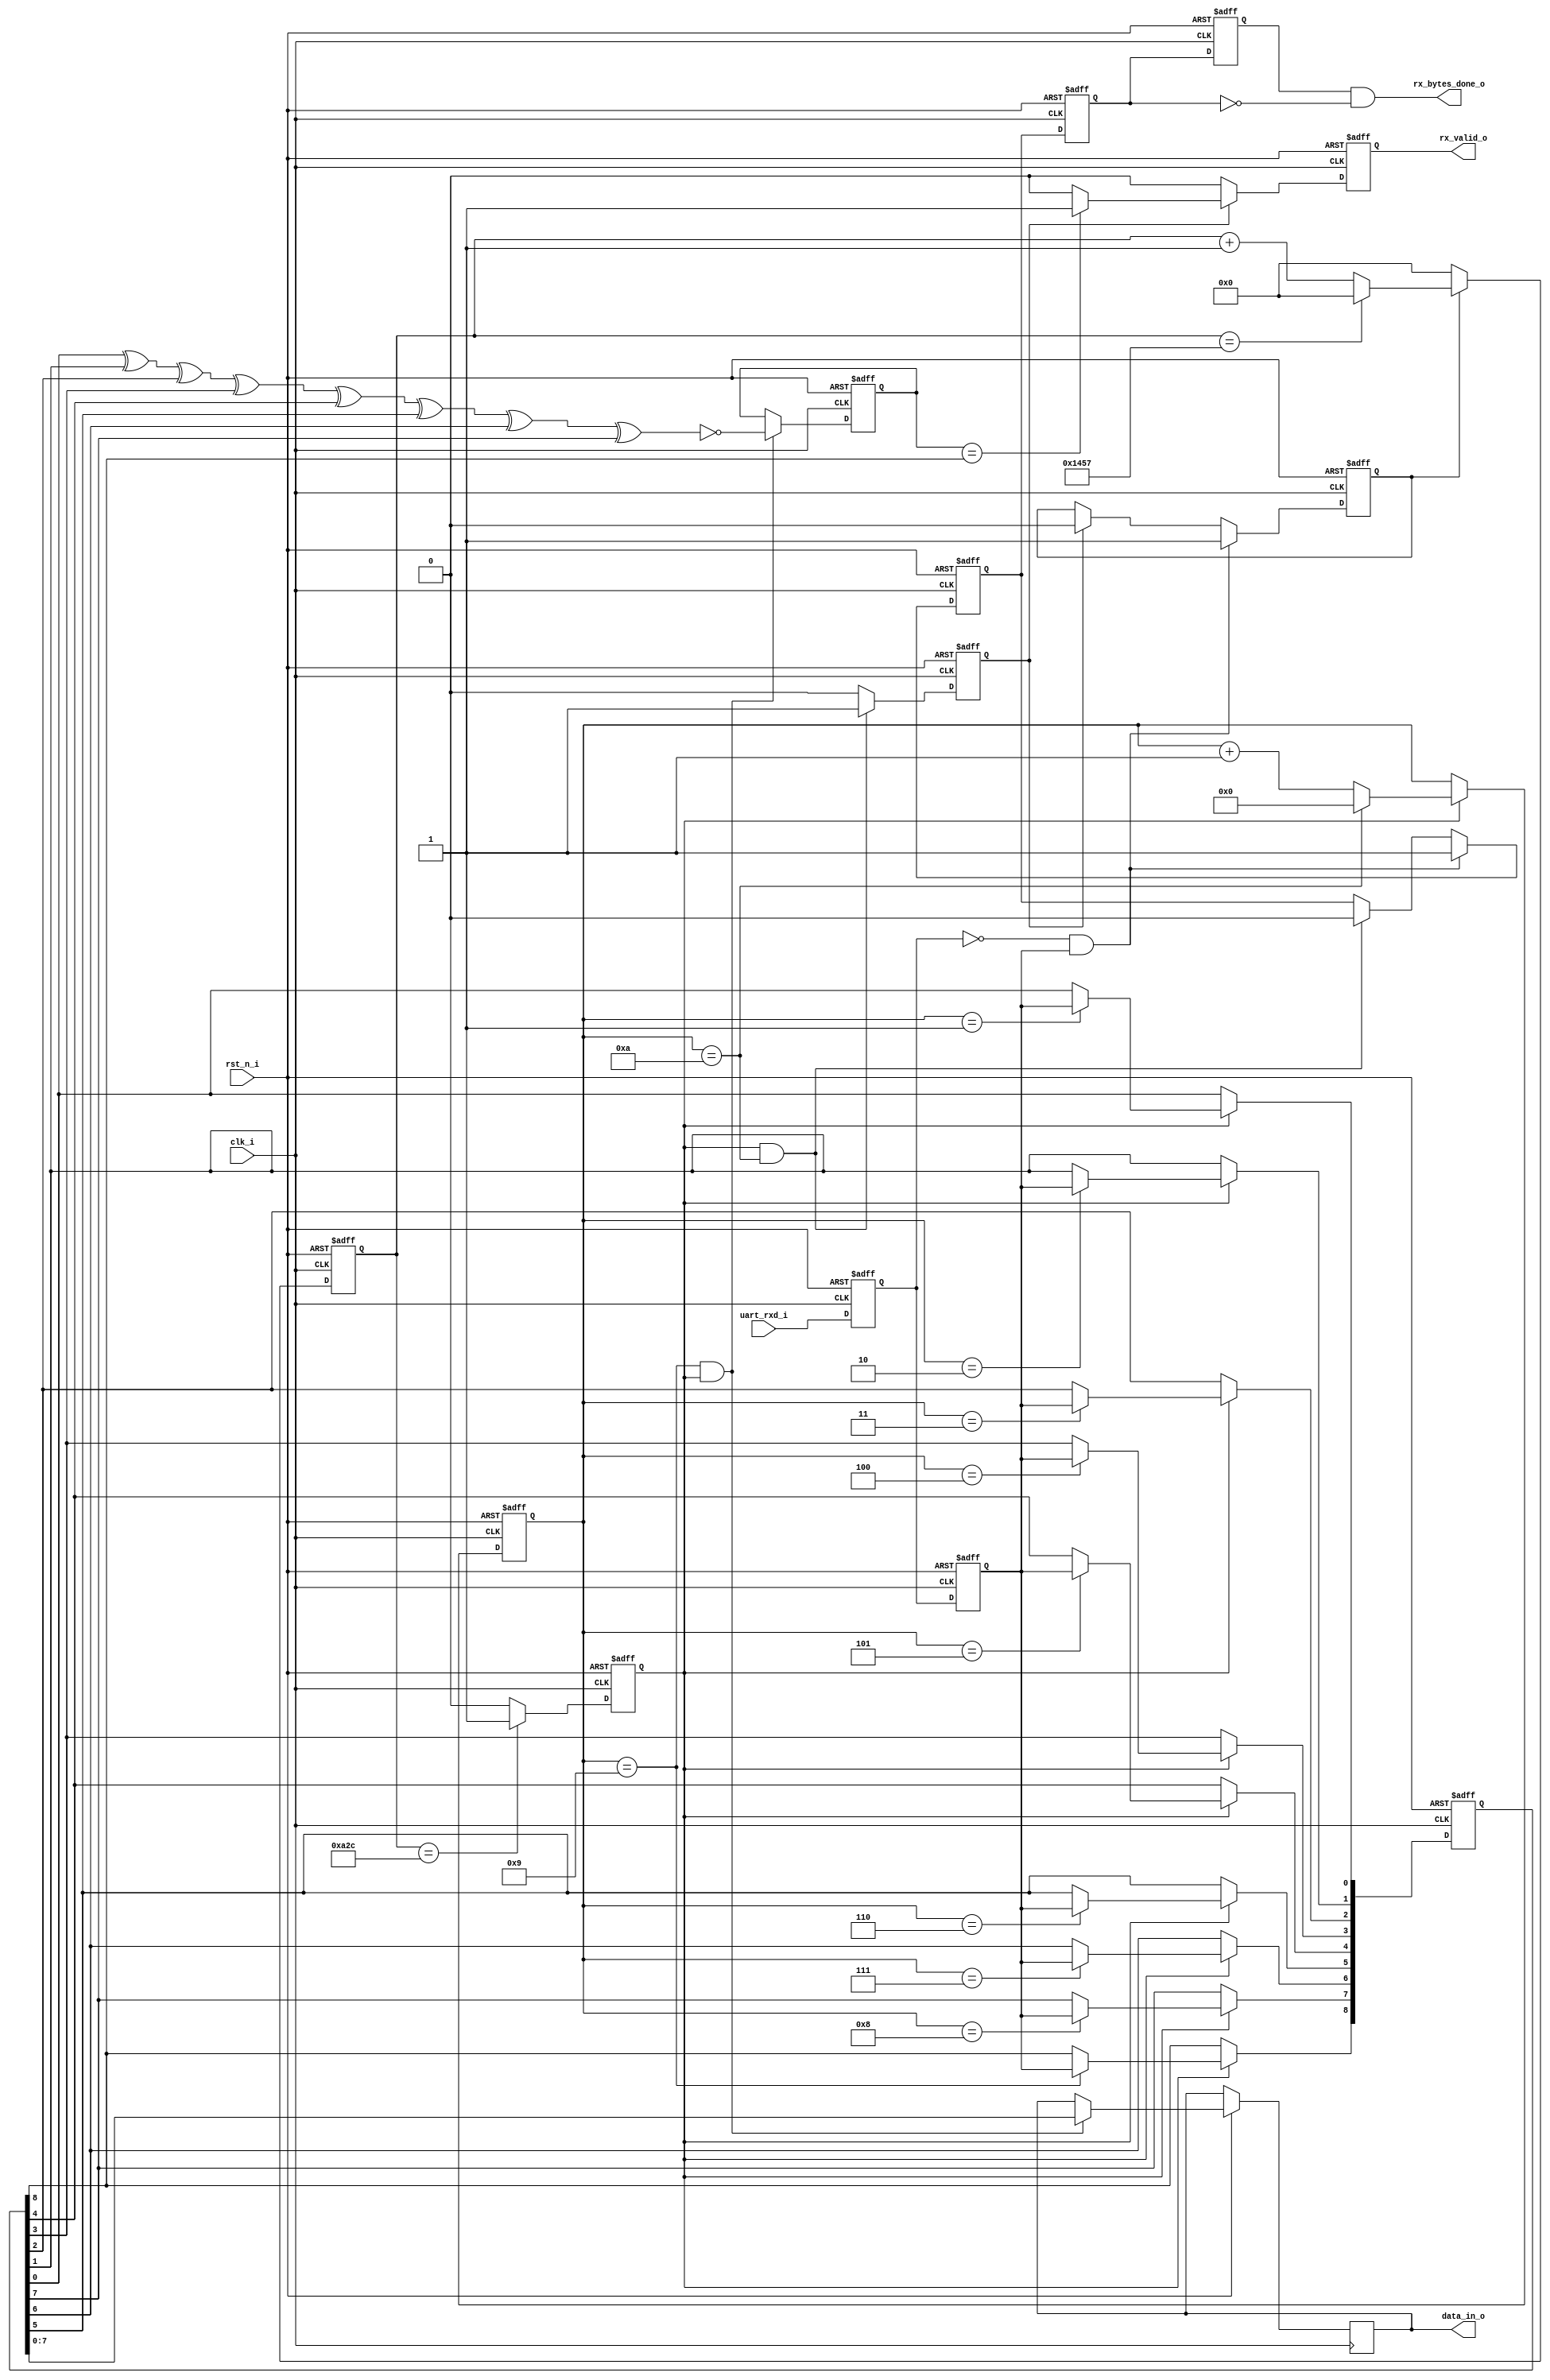
`timescale 1ns / 1ps
//////////////////////////////////////////////////////////////////////////////////
// Company: 
// Engineer: 
// 
// Design Name: 
// Module Name: uart_rx
// Project Name: 
// Target Devices: 
// Tool Versions: 
// Description: 
// 
// Dependencies: 
// 
// Revision:
// Revision 0.01 - File Created
// Additional Comments:
// 
//////////////////////////////////////////////////////////////////////////////////

module uart_rx
    #(
        parameter CLK_FREQ = 50,        // Clock frequency(MHz)
        parameter UART_BPS = 9600,      // Set for baud rate
        parameter CHECK_SEL = 1         // Selecting for parity check mode, 1 for odd check and 0 for even check.
    )
    (
        input clk_i,                    // System clock 50MHz
        input rst_n_i,                  // Reset signal, active when 0 
        input uart_rxd_i,               // Data input from computer 

        output wire rx_bytes_done_o,    // RX module finished receiving data
        output reg rx_valid_o,          /* Data received is valid(data pass parity check) when rx_valid_o = 1, this signal will be generated 
                                           when rx_busy drop to 0. So check both negedge of rx_busy signal and posedge of rx_valid signal will
                                           indicate a byte data has been received and the data is correct. */
        output reg [7:0] data_in_o      // Data received, 8 bits, not include parity check bit.
    );
    
    //parameter define
    localparam  BPS_CNT  = CLK_FREQ * 1000000 / UART_BPS;   // Counter for the specific baud rate
    localparam  BAUD_FLAG = BPS_CNT / 2;                    // Flag for baud rate counter 
    
    reg u_rx0;                  // Flip-flop for data receiving
    reg u_rx1;                  // Flip-flop for data receiving

    reg [14:0] baud_cnt;        // Counting value for baud rate
    reg [8:0] rx_data;
    reg [3:0]  bit_cnt = 4'd0;         // Counting value for bit has recived in byte data 

    reg rx_state = 1'b0;               // Receiving process state
    reg bit_flag = 1'b0;               
    reg rx_done;                // Showing receiving process finish
    
    reg o_check;                // Reg for odd check
    reg e_check;                // Reg for even check
    wire check;                 // Wire for parity check
    
    reg rx_busy_o;              // Reg for showing rx module is working 
    reg rx_busy0;               // FF reg to catch rx_busy's negedge
    reg rx_busy1;    
    
    
    /* Generate data receiving state signal, when receiving, 
        drx_state is 1, otherwise drx_stae is 0 */ 
    always@(posedge clk_i or negedge rst_n_i) begin
        if(!rst_n_i) begin        
            rx_state <= 1'b0;
        end
        else if((~u_rx0) & (u_rx1)) begin
            rx_state <= 1'b1 ;
        end
        else if(rx_done) begin
            rx_state <= 1'b0;
        end
        else begin
            rx_state <= rx_state ;
        end
    end
    
    // Receiving data 
    always@(posedge clk_i or negedge rst_n_i) begin
        if(!rst_n_i) begin
            u_rx0 <= 1'b1;
            u_rx1 <= 1'b1;
        end
        else begin
            u_rx0 <= uart_rxd_i;
            u_rx1 <= u_rx0;
        end
    end
    
    // Count for the baud rates
    always@(posedge clk_i or negedge rst_n_i) begin
        if(!rst_n_i) 
            baud_cnt <= 1'b0;
        else if(rx_state)begin
            if(baud_cnt == BPS_CNT - 1)
                baud_cnt <= 1'b0;
            else
                baud_cnt <= baud_cnt + 1'b1;
        end
        else
            baud_cnt <= 1'b0 ;
    end
    
    // Counting for the bit flag
    always@(posedge clk_i or negedge rst_n_i) begin
        if(!rst_n_i) 
            bit_flag <= 1'b0;
        else if(baud_cnt == BAUD_FLAG)
            bit_flag <= 1'b1;
        else
            bit_flag <= 1'b0;
    end
    
    // Counting bit number that has been received
    always@(posedge clk_i or negedge rst_n_i) begin
        if(!rst_n_i) 
            bit_cnt <= 1'b0;
        else if(bit_flag)begin
            if(bit_cnt == 10)
                bit_cnt <= 1'b0;
            else
                bit_cnt <= bit_cnt + 1'b1;
        end
        else
            bit_cnt <= bit_cnt;
    end
   
    
    // Receiving and store data
    always@(posedge clk_i or negedge rst_n_i) begin
        if(!rst_n_i) 
            rx_data <= 9'b000000000;
        else if(bit_flag)begin     
            case(bit_cnt)
                4'd0: rx_data <= rx_data;
                4'd1: rx_data[0] <= u_rx1;
                4'd2: rx_data[1] <= u_rx1;
                4'd3: rx_data[2] <= u_rx1;
                4'd4: rx_data[3] <= u_rx1;
                4'd5: rx_data[4] <= u_rx1;
                4'd6: rx_data[5] <= u_rx1;
                4'd7: rx_data[6] <= u_rx1;
                4'd8: rx_data[7] <= u_rx1;
                4'd9: rx_data[8] <= u_rx1;
                4'd10: rx_data   <= rx_data;
                default : rx_data <= rx_data;
            endcase
        end
        else
            rx_data <= rx_data ;
    end    
        
    /* Generate rx_busy signal, when receiving, 
        rx_busy is 1, otherwise rx_busy is 0 */ 
    always@(posedge clk_i or negedge rst_n_i) begin
        if(!rst_n_i) begin        
            rx_busy_o <= 1'b0;
        end
        else if((~u_rx0) & (u_rx1)) begin
            rx_busy_o <= 1'b1 ;
        end
        else if(bit_flag && bit_cnt == 4'd10 ) begin
            rx_busy_o <= 1'b0;
        end
        else begin
            rx_busy_o <= rx_busy_o ;
        end
    end
    
    // Generate receiving finish flag 
    always@(posedge clk_i or negedge rst_n_i) begin
        if(!rst_n_i) 
            rx_done <= 1'b1;
        else if(bit_cnt == 10 && bit_flag)
            rx_done <= 1'b1;
        else
            rx_done <= 1'b0;
    end

    //Doing parity check
    always@(posedge clk_i or negedge rst_n_i) begin
        if(!rst_n_i) begin
            o_check <= 1'b0; 
            e_check <= 1'b0;
        end
        else if(bit_cnt == 9 && bit_flag) begin
            data_in_o <= rx_data[7:0];   
            e_check <= rx_data[0] ^ rx_data[1] ^ rx_data[2] ^ rx_data[3] ^ rx_data[4] ^ rx_data[5] ^ rx_data[6] ^ rx_data[7];
            o_check <= ~(rx_data[0] ^ rx_data[1] ^ rx_data[2] ^ rx_data[3] ^ rx_data[4] ^ rx_data[5] ^ rx_data[6] ^ rx_data[7]);
        end
        else begin
            o_check <= o_check;
            e_check <= e_check;
        end
    end
    
    always @(posedge clk_i or negedge rst_n_i) begin
        if(!rst_n_i)
            rx_valid_o <= 1'b0 ;
        else if(rx_done) begin
            if(CHECK_SEL == 1'b0 && e_check == rx_data[8])
              rx_valid_o <= 1'b1;
            else if(CHECK_SEL == 1'b1 && o_check == rx_data[8])
              rx_valid_o <= 1'b1;
            else 
              rx_valid_o <= 1'b0;     
        end
        else
            rx_valid_o <= 1'b0 ;
    end
    
    // Catch negedge of rx_busy signal, showing 8 bits data has been received 
    assign rx_bytes_done_o = rx_busy1 & (~rx_busy0);
    
    always @(posedge clk_i or negedge rst_n_i) begin         
        if (!rst_n_i) begin
            rx_busy0 <= 1'b0;                                  
            rx_busy1 <= 1'b0;
        end                                                      
        else begin                                               
            rx_busy0 <= rx_busy_o;                               
            rx_busy1 <= rx_busy0;                            
        end
    end
    

endmodule


//    // Receiving and store data
//    always@(posedge clk_i or negedge rst_n_i) begin
//        if(!rst_n_i) 
//            rx_data <= 9'b000000000;
//        else if(bit_flag)begin     
//            case(bit_cnt)
//                4'd0: begin rx_data <= rx_data; rx_busy_o <= 1'b0;end
//                4'd1: begin rx_data[0] <= u_rx1; rx_busy_o <= 1'b1;end
//                4'd2: begin rx_data[1] <= u_rx1; rx_busy_o <= 1'b1;end
//                4'd3: begin rx_data[2] <= u_rx1; rx_busy_o <= 1'b1;end
//                4'd4: begin rx_data[3] <= u_rx1; rx_busy_o <= 1'b1;end
//                4'd5: begin rx_data[4] <= u_rx1; rx_busy_o <= 1'b1;end
//                4'd6: begin rx_data[5] <= u_rx1; rx_busy_o <= 1'b1;end
//                4'd7: begin rx_data[6] <= u_rx1; rx_busy_o <= 1'b1;end
//                4'd8: begin rx_data[7] <= u_rx1; rx_busy_o <= 1'b1;end
//                4'd9: begin rx_data[8] <= u_rx1; rx_busy_o <= 1'b1;end
//                4'd10: begin  rx_data   <= rx_data; rx_busy_o <= 1'b0;end
//                default : begin rx_data <= rx_data; rx_busy_o <= 1'b0;end
//            endcase
//        end
//        else
//            rx_data <= rx_data ;
//    end